system: You are a helpful assistant.
user:
Analyze the provided spectrum to determine if it is a **M-type Giant (gM)**.

A M-type Giant spectrum is defined by its **strong molecular absorption** features, particularly from **Titanium Oxide (TiO)**. You must check for one of the following mutually exclusive signatures:

- **Key Visual Indicators (Absorption-Dominated Spectrum):**

    - **(Primary):** The spectrum is dominated by strong molecular absorption from **Titanium Oxide (TiO)**. This is the **defining feature** of its M-type temperature class.
        - **(Key Bandheads):** Look for sharp, "saw-tooth" absorption valleys. The strongest are located near **~7050 Å**, **~6160 Å**, and **~5170 Å**.
        - **(Line Profile):** The "saw-tooth" morphology is critical: a **sharp, steep drop on the BLUE (short-wavelength) side** of the bandhead, followed by a gradual recovery (rising flux) towards the RED (long-wavelength) side.

    - **(Key Confirmation - Giant vs. Dwarf):** **ABSENCE** of strong **Calcium Hydride (CaH)** molecular bands. This is the primary diagnostic for *excluding* M-dwarfs.
        - **(Key Region):** The spectrum should lack the strong, broad absorption band seen in dwarfs between **~6800 Å and ~7000 Å**.

    - **(Secondary Confirmation - Giant):** A very strong and broad **Neutral Calcium (Ca I)** atomic absorption line.
        - **(Key Line):** Located at **~4226 Å**. In a giant (gM), this line is significantly deeper and broader than the same line in an M-dwarf (dM) due to low surface gravity.

    - **(Overall Spectrum):**
        - The continuum is **extremely red-sloping** (i.e., flux is very low in the blue and rises dramatically towards the red).
        - The entire spectrum appears "chopped up" by the deep TiO bands.

Think first, call **spectral_visualization_tool** if needed to examine features in detail, then provide your final answer. Your response must adhere to the following strict rules:
1.  **Overall Structure:** Your response must follow the format `<think>...</think> <tool_call>...</tool_call> (if a tool is used) <answer>...</answer>`.
2.  **Tool Usage Constraint:** You may only make **one** tool call per turn.
3.  **Final Answer Format:** In the `<answer>` tag, your conclusion must be inside a `\boxed{}` command (e.g., `\boxed{YES}` or `\boxed{NO}`), followed by your justification.

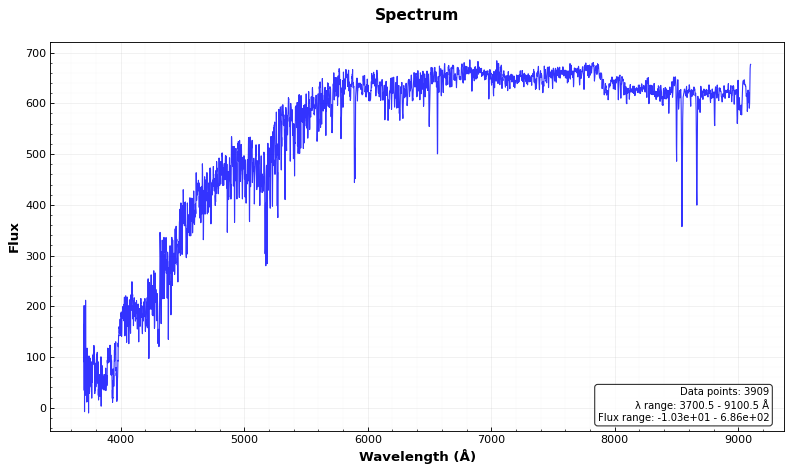
Answer: NO